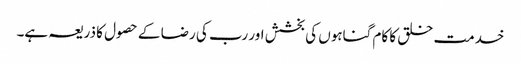
خدمت خلق کا کام گناہوں کی بخشش اور رب کی رضا کے حصول کا ذریعہ ہے۔